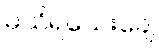
မသိရသေးချေ